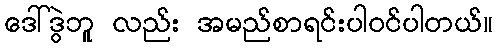
ဒေါ်ဒွဲဘူ လည်း အမည်စာရင်းပါဝင်ပါတယ်။